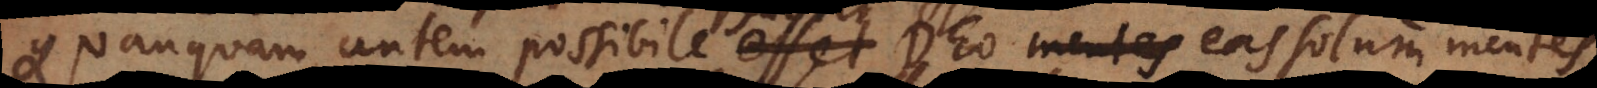
Quanquam autem possibile fuerit Deo eas solum mentes